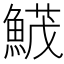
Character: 𩹛